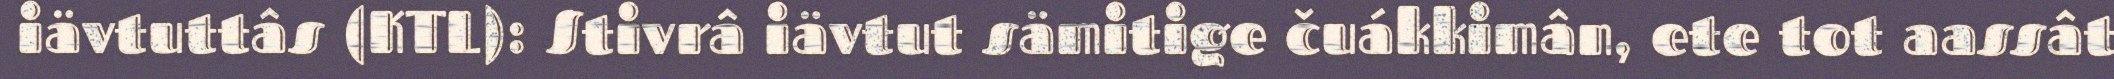
iävtuttâs (KTL): Stivrâ iävtut sämitige čuákkimân, ete tot aassât